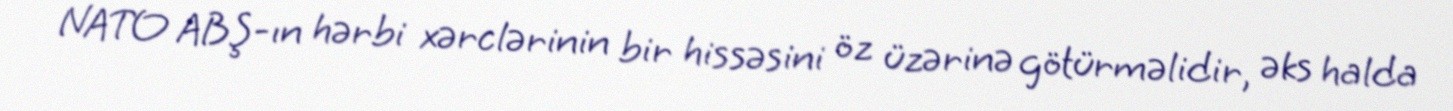
NATO ABŞ-ın hərbi xərclərinin bir hissəsini öz üzərinə götürməlidir, əks halda